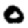
Digit: 0